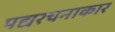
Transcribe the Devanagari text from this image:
पद्यरचनाकार